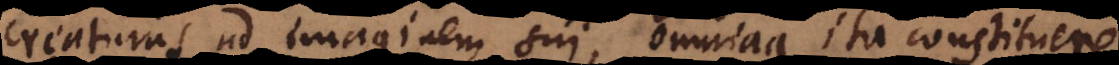
creaturas ad imaginem sui, omniaque ita constituere